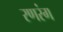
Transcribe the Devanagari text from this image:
रणरंग